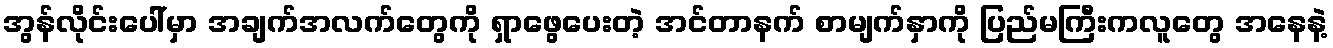
အွန်လိုင်းပေါ်မှာ အချက်အလက်တွေကို ရှာဖွေပေးတဲ့ အင်တာနက် စာမျက်နှာကို ပြည်မကြီးကလူတွေ အနေနဲ့